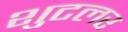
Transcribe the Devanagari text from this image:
शुटलर